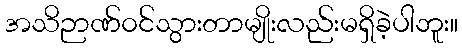
အသိဉာဏ်၀င်သွားတာမျိုးလည်းမရှိခဲ့ပါဘူး။